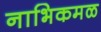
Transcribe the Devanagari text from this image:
नाभिकमळ